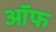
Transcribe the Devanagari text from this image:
ऑफ